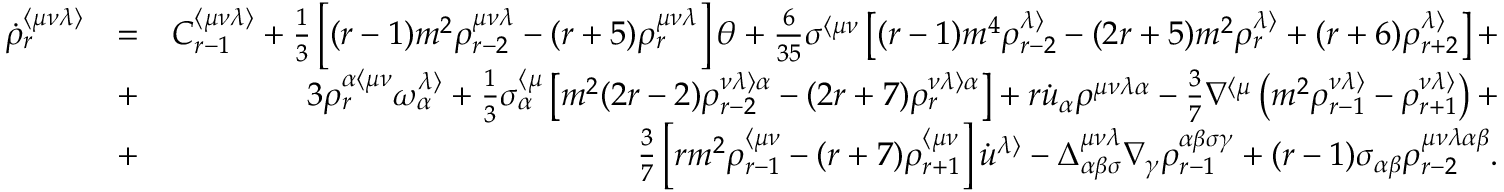
\begin{array} { r l r } { \dot { \rho } _ { r } ^ { \langle \mu \nu \lambda \rangle } } & { = } & { C _ { r - 1 } ^ { \langle \mu \nu \lambda \rangle } + \frac { 1 } { 3 } \left[ ( r - 1 ) m ^ { 2 } \rho _ { r - 2 } ^ { \mu \nu \lambda } - ( r + 5 ) \rho _ { r } ^ { \mu \nu \lambda } \right] \theta + \frac { 6 } { 3 5 } \sigma ^ { \langle \mu \nu } \left[ ( r - 1 ) m ^ { 4 } \rho _ { r - 2 } ^ { \lambda \rangle } - ( 2 r + 5 ) m ^ { 2 } \rho _ { r } ^ { \lambda \rangle } + ( r + 6 ) \rho _ { r + 2 } ^ { \lambda \rangle } \right] + } \\ & { + } & { 3 \rho _ { r } ^ { \alpha \langle \mu \nu } \omega ^ { \lambda \rangle } _ { \alpha } + \frac { 1 } { 3 } \sigma _ { \alpha } ^ { \langle \mu } \left[ m ^ { 2 } ( 2 r - 2 ) \rho _ { r - 2 } ^ { \nu \lambda \rangle \alpha } - ( 2 r + 7 ) \rho _ { r } ^ { \nu \lambda \rangle \alpha } \right] + r \dot { u } _ { \alpha } \rho ^ { \mu \nu \lambda \alpha } - \frac { 3 } { 7 } \nabla ^ { \langle \mu } \left( m ^ { 2 } \rho _ { r - 1 } ^ { \nu \lambda \rangle } - \rho _ { r + 1 } ^ { \nu \lambda \rangle } \right) + } \\ & { + } & { \frac { 3 } { 7 } \left[ r m ^ { 2 } \rho _ { r - 1 } ^ { \langle \mu \nu } - ( r + 7 ) \rho _ { r + 1 } ^ { \langle \mu \nu } \right] \dot { u } ^ { \lambda \rangle } - \Delta _ { \alpha \beta \sigma } ^ { \mu \nu \lambda } \nabla _ { \gamma } \rho _ { r - 1 } ^ { \alpha \beta \sigma \gamma } + ( r - 1 ) \sigma _ { \alpha \beta } \rho _ { r - 2 } ^ { \mu \nu \lambda \alpha \beta } . } \end{array}